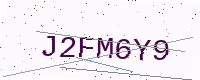
Text: J2FM6Y9